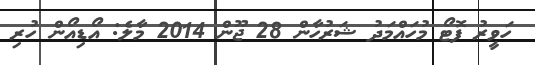
ހަވީރު ފޮޓޯ މުހައްމަދު ޝަރުހާން 28 ޖޫން 2014 މާލެ: އޯޑިއޯން ހުރި